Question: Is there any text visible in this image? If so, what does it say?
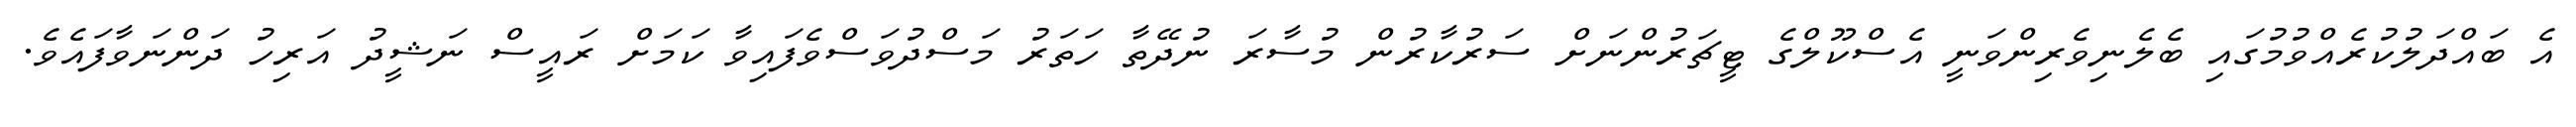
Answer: އެ ބައްދަލުކުރެއްވުމުގައި ބެލެނިވެރިންވަނީ އެސްކޫލްގެ ޓީޗަރުންނަށް ސަރުކާރުން މުސާރަ ނުދޭތާ ހަތަރު މަސްދުވަސްވެފައިވާ ކަމަށް ރައީސް ނަޝީދު އަރިހު ދަންނަވާފައެވެ.